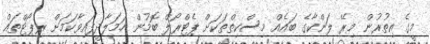
މީގެ އިތުރުން މިރޭ ލަންކާގެ ބައެއް މިސްކިތްތަކަށް ޕެޓްރޯލް ބޮމުން ހަމަލާދީފައިވާކަމަށް ރިޕޯޓްތައް